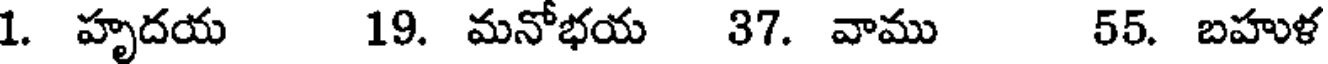
1. హృదయ 19. మనోభయ 37. వాము 55. బహుళ